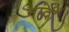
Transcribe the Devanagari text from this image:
नांदीं